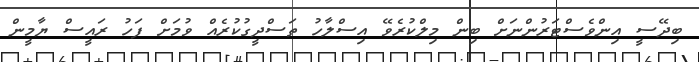
ބިދޭސީ އިންވެސްޓަރުންނަށް ބިން މިލްކުރެވޭ އިސްލާހު ތަސްދީގުކުރެއް ވުމަށް ފަހު ރައީސް ޔާމީން